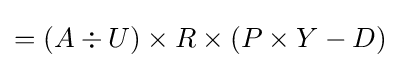
=(A\div U)\times R\times (P\times Y-D)